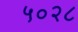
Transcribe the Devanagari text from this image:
५०२८